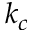
k _ { c }